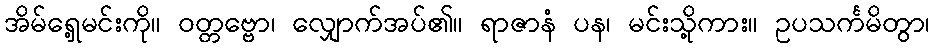
အိမ်ရှေ့မင်းကို။ ဝတ္တဗ္ဗော၊ လျှောက်အပ်၏။ ရာဇာနံ ပန၊ မင်းသို့ကား။ ဥပသင်္ကမိတွာ၊